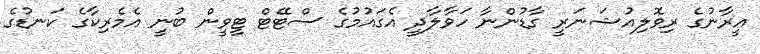
އީރާނުގެ ރިވޮލިއުޝަނަރީ ގާޑުންނާ ހަވާލާދީ އެގައުމުގެ ސްޓޭޓް ޓީވީން ބުނީ އެމެރިކާގެ ކަނޑުގެ